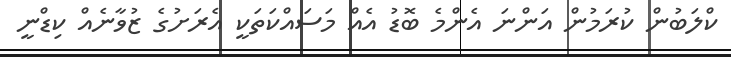
ކްލަބުން ކުރަމުން އަންނަ އެންމެ ބޮޑު އެއް މަސައްކަތަކީ އެރަށުގެ ޒުވާނެއް ކިޑްނީ